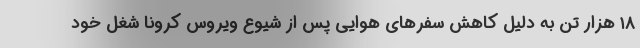
۱۸ هزار تن به دلیل کاهش سفرهای هوایی پس از شیوع ویروس کرونا شغل خود